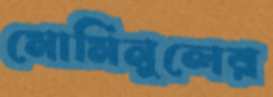
মোমিনুলের